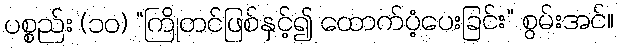
ပစ္စည်း (၁၀) “ကြိုတင်ဖြစ်နှင့်၍ ထောက်ပံ့ပေးခြင်း” စွမ်းအင်။